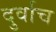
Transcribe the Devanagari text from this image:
दुर्वाच